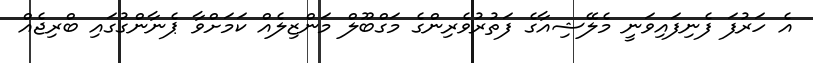
އެ ހަރުފަ ފެނިފައިވަނީ މެލޭޝިއާގެ ފަތުރުވެރިންގެ މަގްބޫލް މަންޒިލެއް ކަމަށްވާ ޕެނާންގުގައި ބްރިޖެއް